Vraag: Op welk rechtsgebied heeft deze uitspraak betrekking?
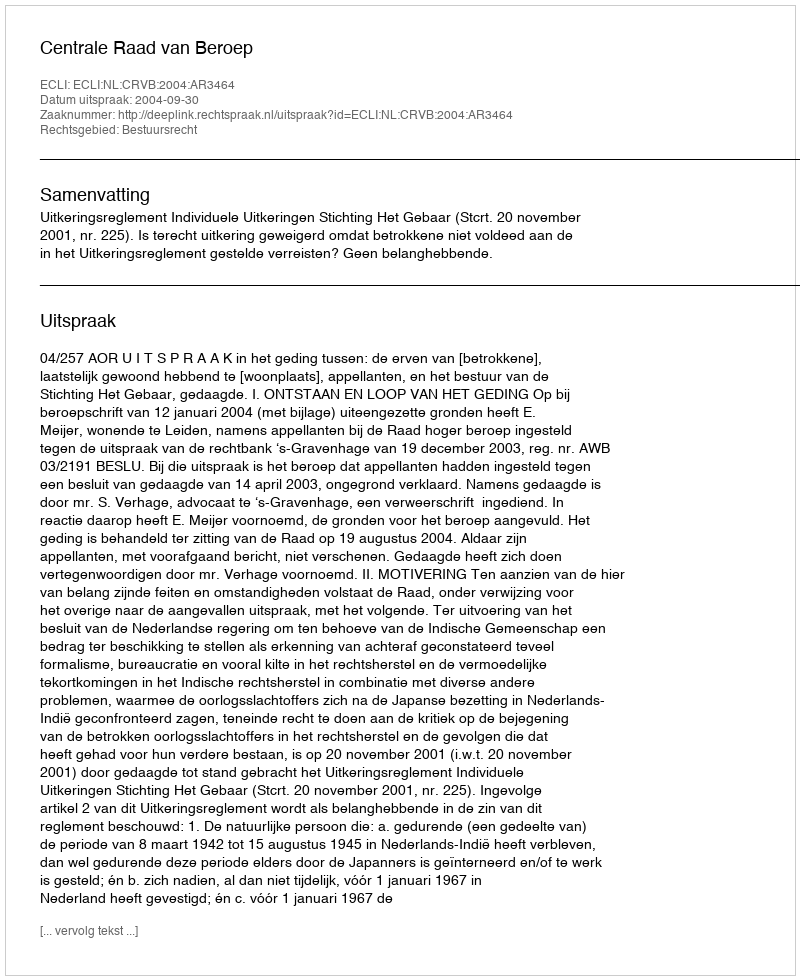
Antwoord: Bestuursrecht